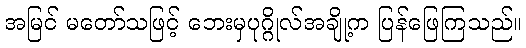
အမြင် မတော်သဖြင့် ဘေးမှပုဂ္ဂိုလ်အချို့က ပြန်ဖြေကြသည်။